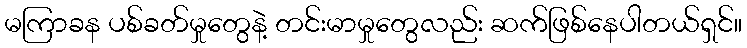
မကြာခန ပစ်ခတ်မှုတွေနဲ့ တင်းမာမှုတွေလည်း ဆက်ဖြစ်နေပါတယ်ရှင်။